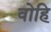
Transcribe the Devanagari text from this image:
वोहि